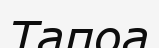
Тапоа